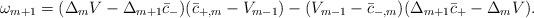
LaTeX: \begin{align*} \omega_{m+1}=(\Delta_mV-\Delta_{m+1}\bar{c}_-)(\bar{c}_{+,m}-V_{m-1})-(V_{m-1}-\bar{c}_{-,m})(\Delta_{m+1}\bar{c}_+-\Delta_mV).\end{align*}